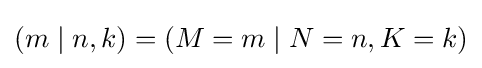
(m\mid n,k)=(M=m\mid N=n,K=k)